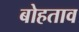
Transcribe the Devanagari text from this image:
बोहताव